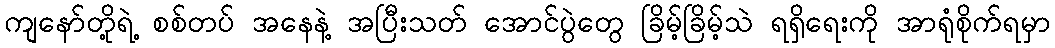
ကျနော်တို့ရဲ့ စစ်တပ် အနေနဲ့ အပြီးသတ် အောင်ပွဲတွေ ခြိမ့်ခြိမ့်သဲ ရရှိရေးကို အာရုံစိုက်ရမှာ